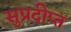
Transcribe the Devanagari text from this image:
सुप्रदीप्त